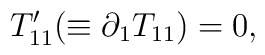
T_{11}'(\equiv\partial_{1}T_{11})=0,